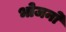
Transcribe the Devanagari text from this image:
भोजनो